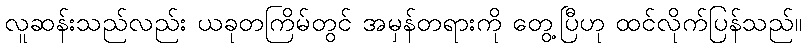
လူဆန်းသည်လည်း ယခုတကြိမ်တွင် အမှန်တရားကို တွေ့ပြီဟု ထင်လိုက်ပြန်သည်။